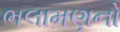
ભલામણનો